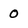
Character: 0